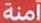
آمنة